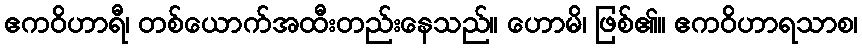
ဧကဝိဟာရီ၊ တစ်ယောက်အထီးတည်းနေသည်။ ဟောမိ၊ ဖြစ်၏။ ဧကဝိဟာရသာစ၊